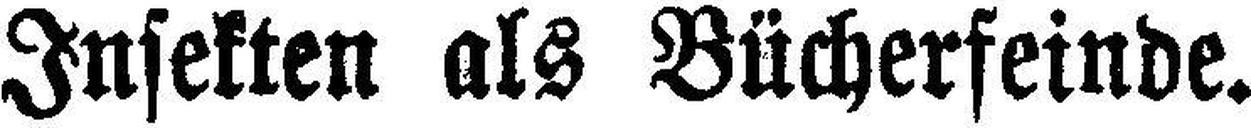
Insekten als Bücherfeinde.